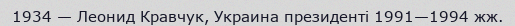
1934 — Леонид Кравчук, Украина президенті 1991—1994 жж.